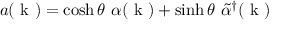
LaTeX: a ( \mathrm { \boldmath ~ k ~ } ) = \cosh \theta \ \alpha ( \mathrm { \boldmath ~ k ~ } ) + \sinh \theta \ \tilde { \alpha } ^ { \dagger } ( \mathrm { \boldmath ~ k ~ } )